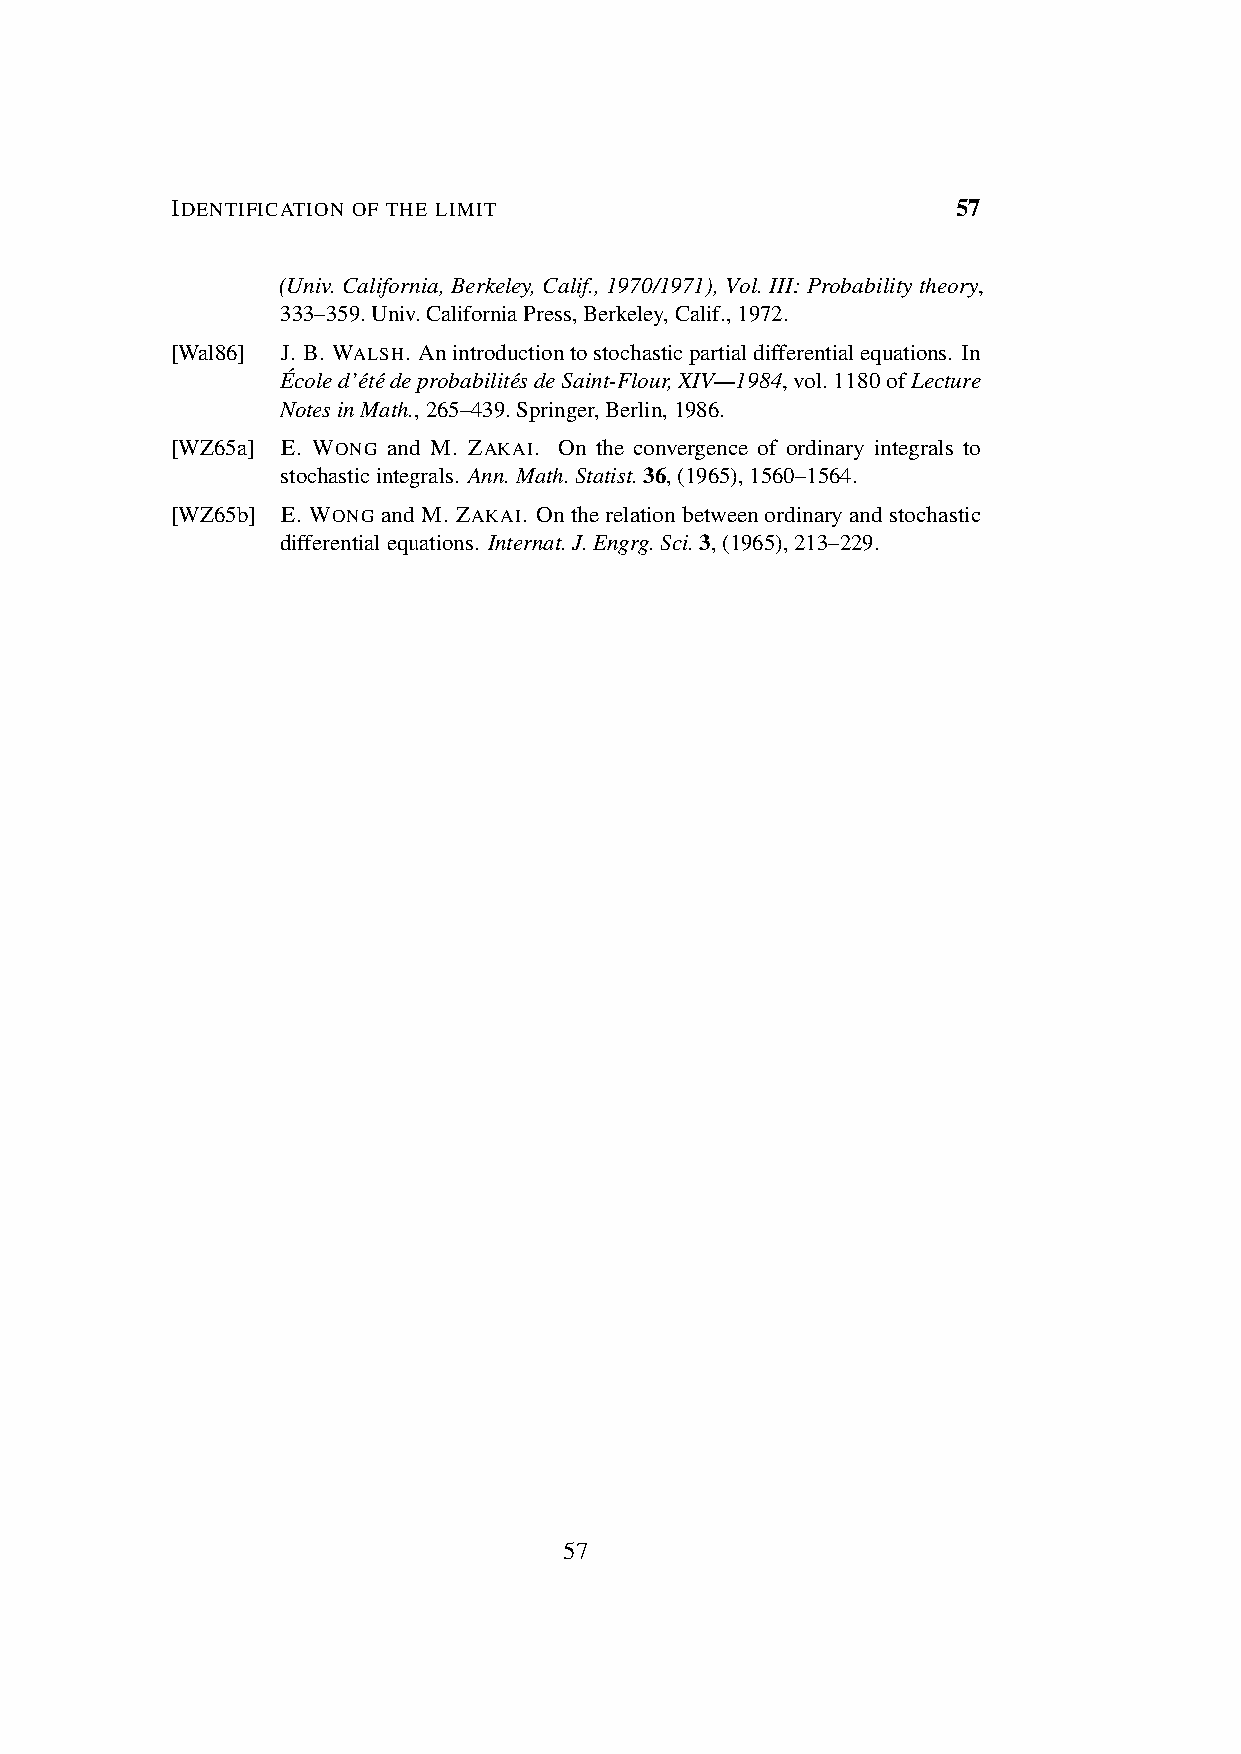
IDENTIFICATION OF THE LIMIT                         57
 (Univ. California, Berkeley, Calif., 1970/1971), Vol. III: Probability theory,
 333–359.Univ.CaliforniaPress,Berkeley,Calif.,1972.
 [Wal86] J. B. WALSH. Anintroductiontostochasticpartialdifferentialequations. In
 E´coled’e´te´ deprobabilite´sdeSaint-Flour,XIV—1984,vol.1180ofLecture
 NotesinMath.,265–439.Springer,Berlin,1986.
 [WZ65a] E. WONG and M. ZAKAI. On the convergence of ordinary integrals to
 stochasticintegrals. Ann.Math.Statist.36,(1965),1560–1564.
 [WZ65b] E. WONG and M. ZAKAI. Ontherelationbetweenordinaryandstochastic
 differentialequations. Internat.J.Engrg.Sci.3,(1965),213–229.
 57